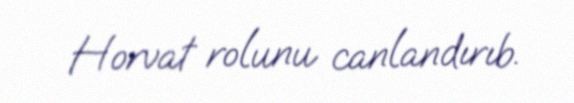
Horvat rolunu canlandırıb.